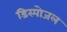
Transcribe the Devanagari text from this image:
डिस्पोजल